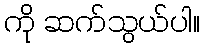
ကို ဆက်သွယ်ပါ။